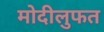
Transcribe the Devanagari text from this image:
मोदीलुफत